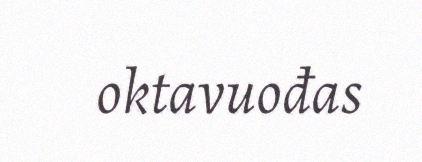
oktavuođas